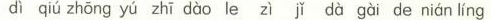
dì qiú zhōng yú zhī dào le zì jǐ dà gài de nián líng